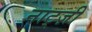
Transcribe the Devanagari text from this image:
नाट्ज़ी